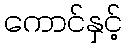
ကောင်နှင့်